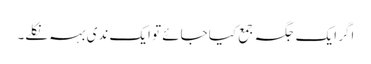
اگر ایک جگہ جمع کیا جائے تو ایک ندی بہہ نکلے۔